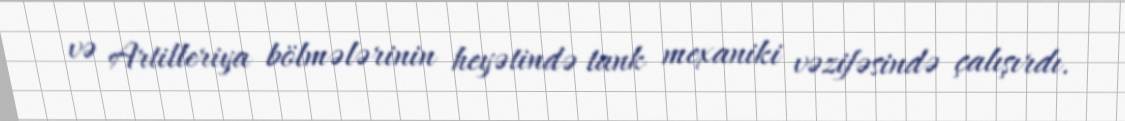
və Artilleriya bölmələrinin heyətində tank mexaniki vəzifəsində çalışırdı.